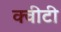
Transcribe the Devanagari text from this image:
क्‍वीटी